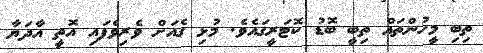
ތިބި މީހުންތައް ތިބީ ބޮޑު ކޮޓަރީގައެވެ. މުޅި ގެއަށް ވެރިވެފައި އޮތީ އާދަޔާ